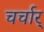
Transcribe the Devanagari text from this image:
चर्चार्